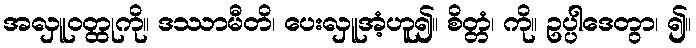
အလှူဝတ္ထုကို။ ဒဿာမီတိ၊ ပေးလှူအံ့ဟူ၍။ စိတ္တံ၊ ကို။ ဥပ္ပါဒေတွာ၊ ၍။